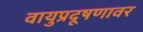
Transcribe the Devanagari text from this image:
वायुप्रदूषणावर